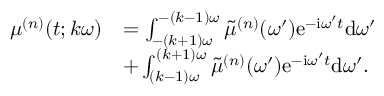
\begin{array} { r l } { \mu ^ { ( n ) } ( t ; k \omega ) } & { = \int _ { - ( k + 1 ) \omega } ^ { - ( k - 1 ) \omega } \tilde { \mu } ^ { ( n ) } ( \omega ^ { \prime } ) \mathrm { e } ^ { - \mathrm { i } \omega ^ { \prime } t } \mathrm { d } \omega ^ { \prime } } \\ & { + \int _ { ( k - 1 ) \omega } ^ { ( k + 1 ) \omega } \tilde { \mu } ^ { ( n ) } ( \omega ^ { \prime } ) \mathrm { e } ^ { - \mathrm { i } \omega ^ { \prime } t } \mathrm { d } \omega ^ { \prime } . } \end{array}